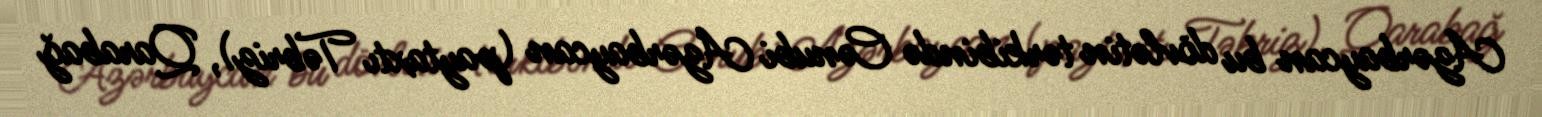
Azərbaycan bu dövlətin tərkibində Cənubi Azərbaycan (paytaxtı Təbriz), Qarabağ